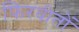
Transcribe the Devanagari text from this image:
फिरवीतों